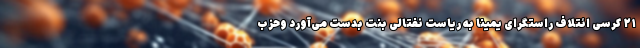
۲۱ کرسی ائتلاف راستگرای یمینا به ریاست نفتالی بنت بدست می‌آورد وحزب